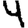
Digit: 4